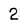
Character: 2